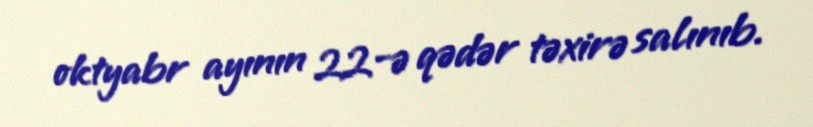
oktyabr ayının 22-ə qədər təxirə salınıb.